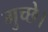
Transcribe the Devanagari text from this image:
गुच्छे।